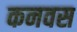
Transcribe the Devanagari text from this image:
कनवस